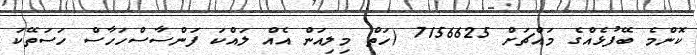
ކޮންމެ ބޭފުޅެއްގެ މައްޗަށް 7156625 (ހަތް މިލިއަން އެއް ލައްކަ ފަންސާސްހަހާސް ހަސަތޭކަ